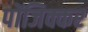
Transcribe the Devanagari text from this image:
पोंजिक्कर